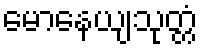
မောနေယျသုတ္တံ